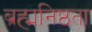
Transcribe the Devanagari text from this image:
ब्रह्मनिष्ठता